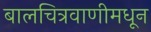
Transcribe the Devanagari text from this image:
बालचित्रवाणीमधून